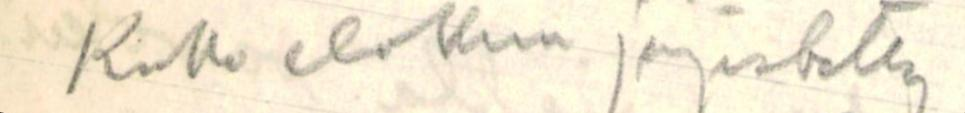
Koko elokuu järjestetty